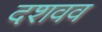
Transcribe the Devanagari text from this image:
दशवव